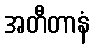
အတီတာနံ